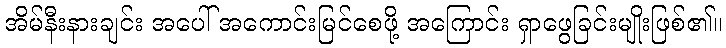
အိမ်နီးနားချင်း အပေါ် အကောင်းမြင်စေဖို့ အကြောင်း ရှာဖွေခြင်းမျိုးဖြစ်၏။